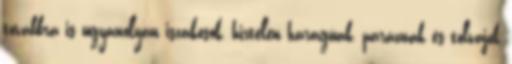
továbbra is ugyanolyan iszákosok, hirtelen haragúak, paráznák és tolvajok